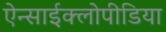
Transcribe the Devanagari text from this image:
ऐन्साईक्लोपीडिया